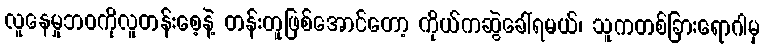
လူနေမှုဘဝကိုလူတန်းစေ့နဲ့ တန်းတူဖြစ်အောင်တော့ ကိုယ်ကဆွဲခေါ်ရမယ်၊ သူကတစ်ခြားရောဂါမှ